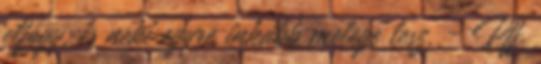
elfogy, és neki egyre inkább melege lesz. - Pff.